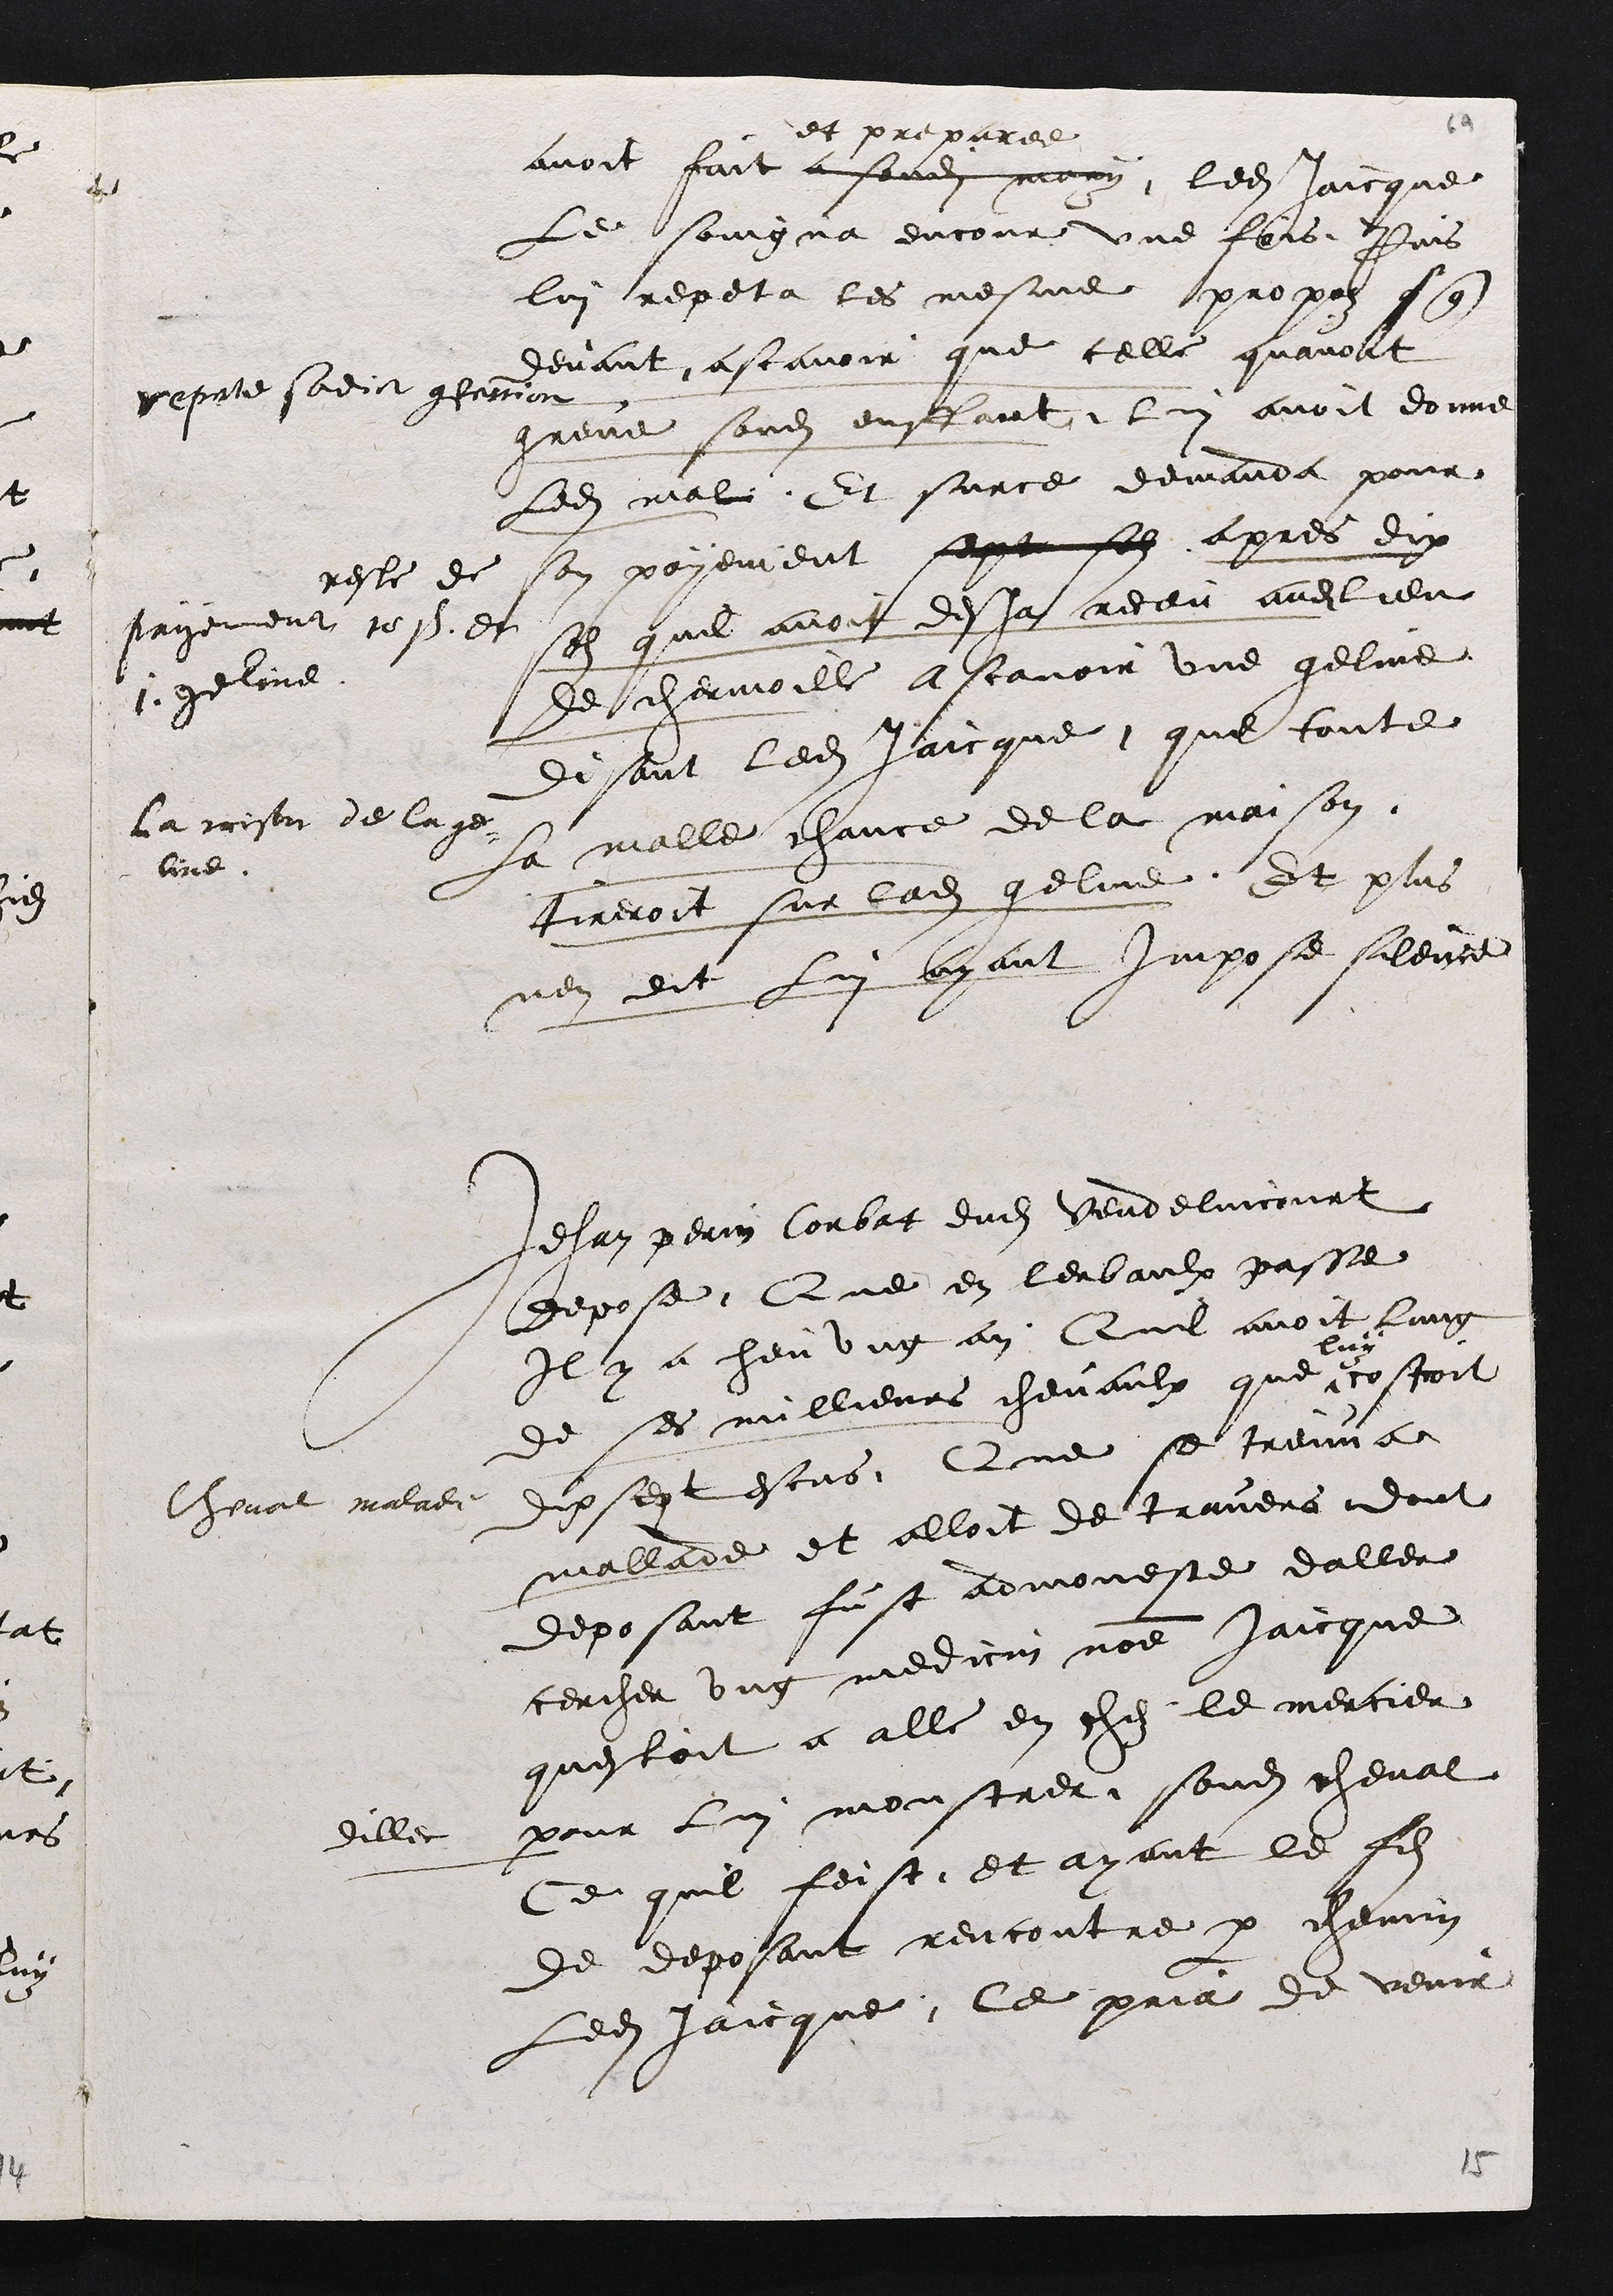
avoit fait a sondit mary
et preparee
ledit Jaicque
Le soingna encour une fois Puis
lui repeta les mesme propos s que
devant
repete sadict confession
ascavoir que telle quavoit
greve sondit enffant lui avoit donne
ledit mal Et surce demanda pour
son payement sept sols apres dix
solz quil avoit desja receu audit lieu
de chermoille a scavoir une geline
reste de
payement 10 s. et
1 geline
La raison de la ge-
line
Disant ledit Jaicque que toute
la malle chance de la maison
tireroit sur ladite geline Et plus
nen dit Lui ayant Impose silence.
Jehan perrin Corbat dudit vendelincourt
depose Que en lerbaulx passe
Il y a heu ung an
Cheval malade
Quil avoit lung
de ses millieurs chevaulx que
luy
costoit
dixsept escus Que se treuva
mallade et alloit de travers dont
deposant fust admoneste daller
cercher ung medicin nomme Jaicque
questoit a alle en chez le mercier
dillec pour lui monstrer sondit cheval
Ce quil feist et ayant le fils
de deposant rencontre par chemin
Ledit Jaicque le pria de venir